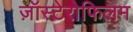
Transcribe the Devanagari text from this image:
ज़ॉस्टेरोफिलम